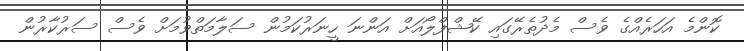
ކޮންމެ އަހަރެއްގެ ވެސް މެދުތެރޭގައި ކޭޝްފްލޯއަށް އަންނަ ހީނަރުކަމުން ސަލާމަތްވުމަށް ވެސް ސަރުކާރުން